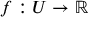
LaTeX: f : U \to \mathbb { R }